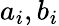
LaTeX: a_{i},b_{i}